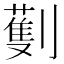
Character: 劐